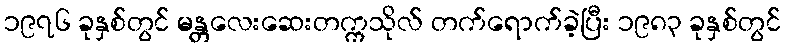
၁၉၇၆ ခုနှစ်တွင် မန္တလေးဆေးတက္ကသိုလ် တက်ရောက်ခဲ့ပြီး ၁၉၈၃ ခုနှစ်တွင်